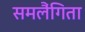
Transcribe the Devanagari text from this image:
समलैंगिता